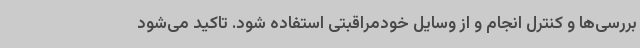
بررسی‌ها و کنترل انجام و از وسایل خودمراقبتی استفاده شود. تاکید می‌شود